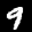
Label: 9